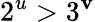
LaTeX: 2^{u}>3^{\mathbf{v}}